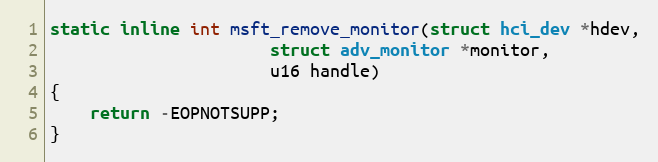
Language: C
static inline int msft_remove_monitor(struct hci_dev *hdev,
				      struct adv_monitor *monitor,
				      u16 handle)
{
	return -EOPNOTSUPP;
}